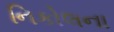
નિકોલના